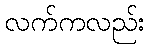
လက်ကလည်း